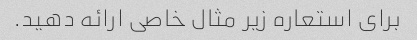
برای استعاره زیر مثال خاصی ارائه دهید.